Civil Veterinary Department Bengal reports 1933-51 - 1933-1951
Year: 1933
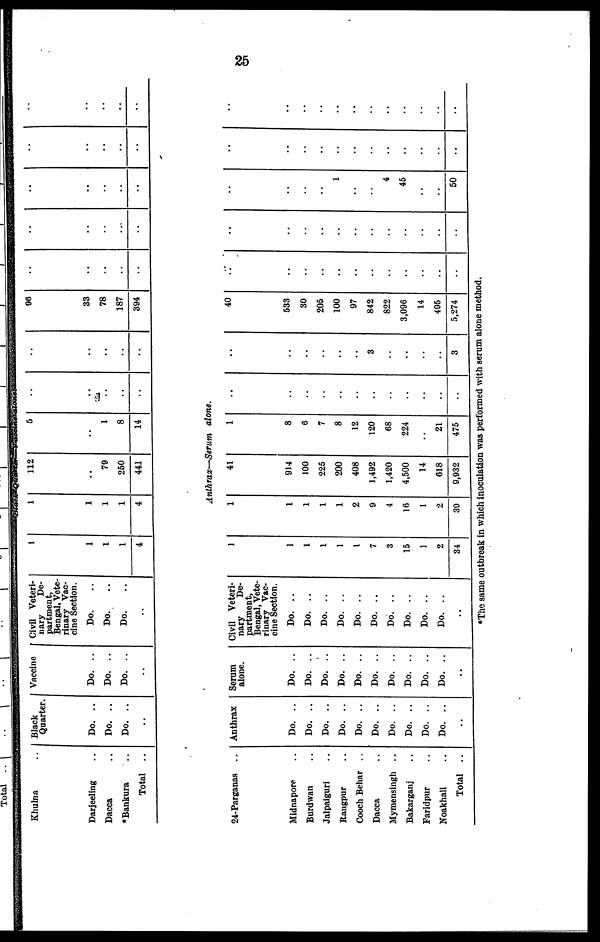
25
Khulna ..
Darjeeling ..
Dacca
*Bankura ..
Total ..
Black
Quarter.
Do. ..
Do. ..
Do. ..
..
Vaccine
Do. ..
Do. ..
Do. ..
..
Civil Veteri-
nary
De-
partment,
Bengal, Vete-
rinary Vac-
cine Section.
Do. ..
Do. ..
Do. ..
..
1
1
1
1
4
1
1
1
1
4
112
..
79
250
441
5
..
1
8
14
..
..
..
..
..
..
..
..
..
..
96
33
78
187
394
..
..
..
..
..
..
..
..
..
..
..
..
..
..
..
..
..
..
..
..
..
..
..
..
..
Anthrax—Serum alone.
24-Parganas ..
Midnapore ..
Burdwan ..
Jalpaiguri ..
Rangpur ..
Cooch Behar ..
Dacca
Mymensingh ..
Bakarganj ..
Faridpur ..
Noakhali ..
Total ..
Anthrax
Do. ..
Do. ..
Do. ..
Do. ..
Do. ..
Do. ..
Do. ..
Do. ..
Do. ..
Do. ..
Serum
alone.
Do. ..
Do. ..
Do. ..
Do. ..
Do. ..
Do. ..
Do. ..
Do. ..
Do. ..
Do. ..
Civil Veteri-
nary
De-
partment,
Bengal, Vete-
rinary Vac-
cine Section.
Do. ..
Do. ..
Do. ..
Do. ..
Do. ..
Do. ..
Do. ..
Do. ..
Do. ..
Do. ..
1
1
1
1
1
1
7
3
15
1
2
34
1
1
1
1
1
2
9
4
16
1
2
39
41
914
100
225
200
408
1,492
1,420
4,500
14
618
9,932
1
8
6
7
8
12
120
68
224
..
21
475
..
..
..
..
..
..
..
..
..
..
..
..
..
..
..
..
..
..
..
..
..
..
..
3
40
533
30
205
100
97
842
822
3,096
14
495
5,274
..
..
..
..
..
..
..
..
..
..
..
..
..
..
..
..
..
..
..
..
..
..
..
..
..
..
..
..
1
..
..
4
45
..
..
50
..
..
..
..
..
..
..
..
..
..
..
..
..
..
..
..
..
..
..
..
..
..
*The same outbreak in which inoculation was performed with serum alone method.